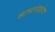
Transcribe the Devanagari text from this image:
साधनाक्षेत्र